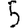
Digit: 5